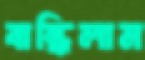
বান্ধিলাম